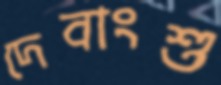
দেবাংশু